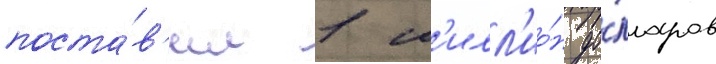
поста́в'ил 1 м'илл'ио́н до́лларов